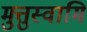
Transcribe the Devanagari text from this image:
मुत्तुस्वामि